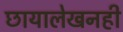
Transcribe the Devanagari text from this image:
छायालेखनही